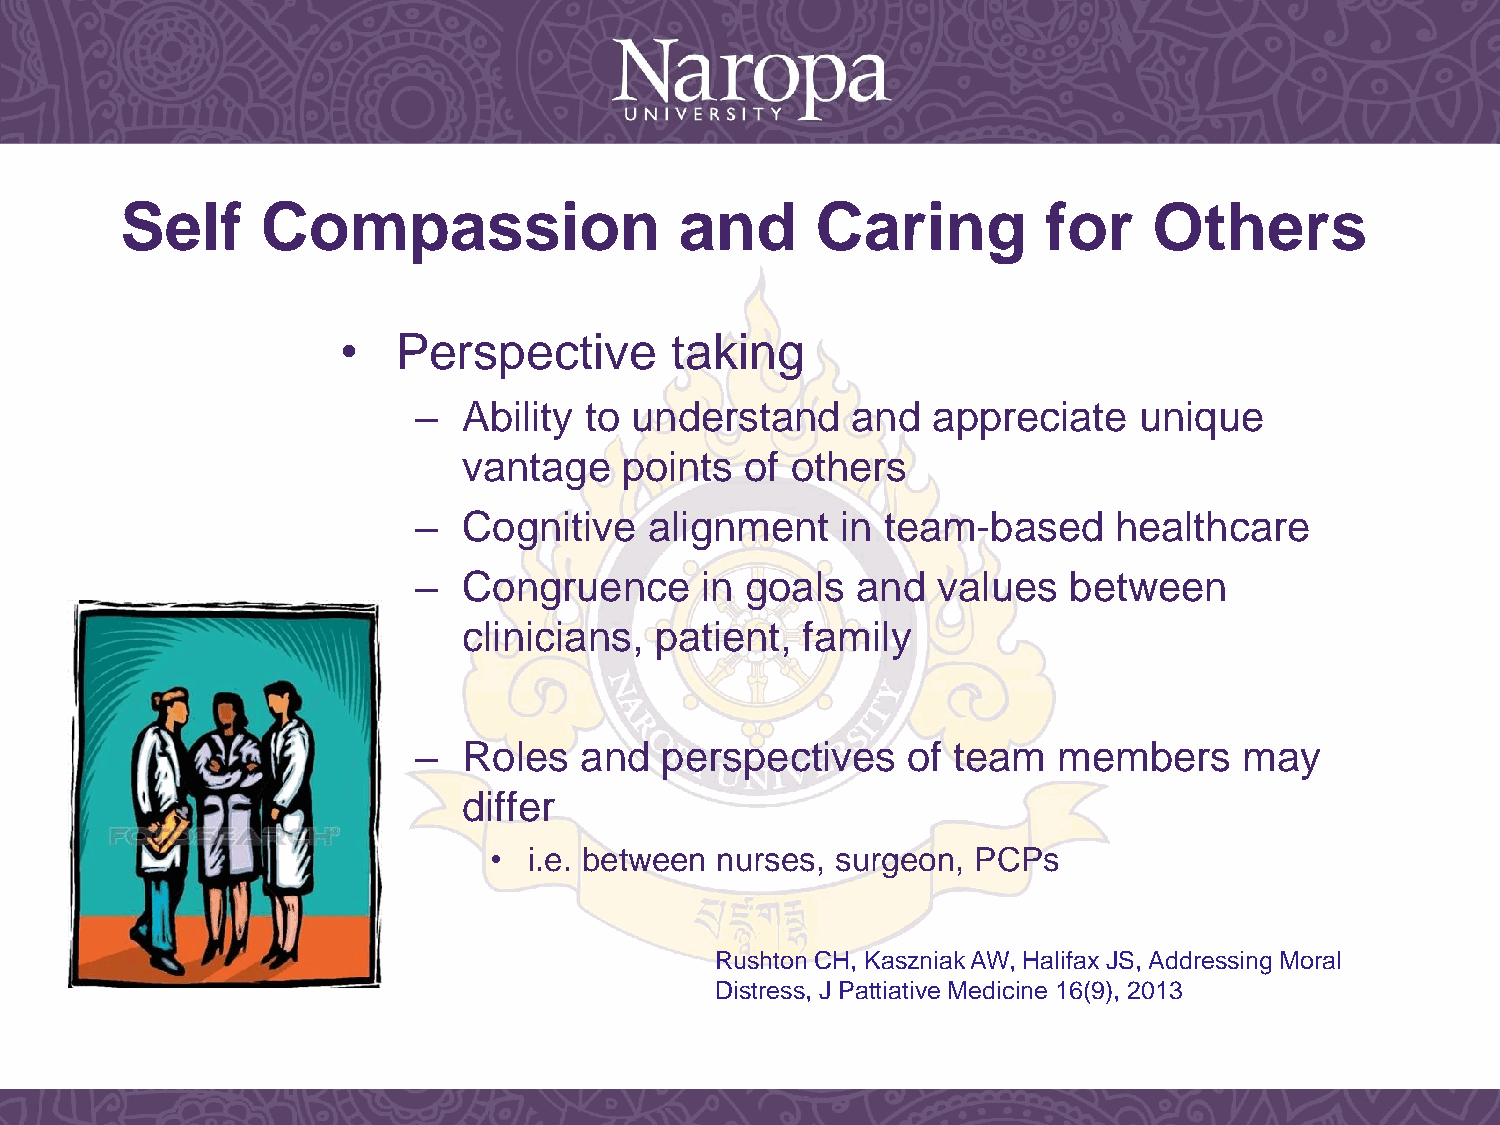
Self     Compassion                  and      Caring         for    Others
 •  Perspective       taking
 –   Ability to understand    and   appreciate   unique
 vantage   points  of others
 –   Cognitive   alignment    in team-based     healthcare
 –   Congruence     in goals   and  values   between
 clinicians, patient,  family
 –   Roles  and   perspectives    of team   members     may
 differ
 •  i.e. between nurses, surgeon, PCPs
 Rushton CH, Kaszniak AW, Halifax JS, Addressing Moral
 Distress, J Pattiative Medicine 16(9), 2013